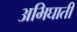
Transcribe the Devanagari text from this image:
अभिघाती